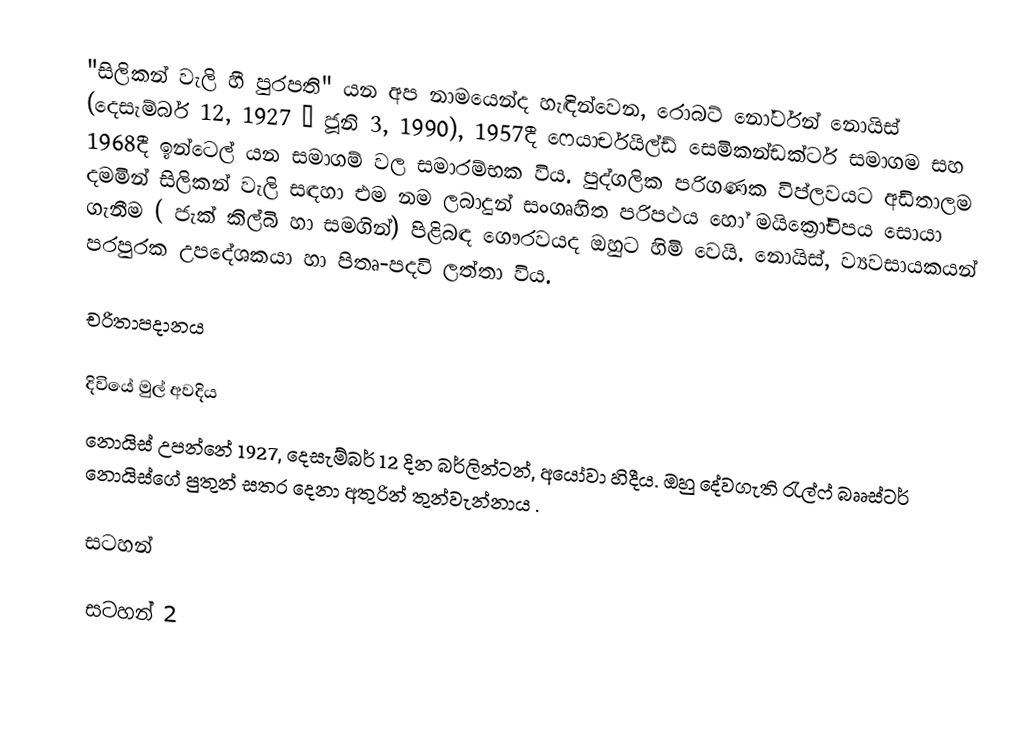
"සිලිකන් වැලි හී පුරපති" යන අප නාමයෙන්ද හැඳින්වෙන,  රොබට් නෝර්ටන් නොයිස් (දෙසැම්බර් 12, 1927 – ජූනි 3, 1990), 1957දී  ෆෙයාර්චයිල්ඩ් සෙමිකන්ඩක්ටර් සමාගම සහ 1968දී ඉන්ටෙල් යන සමාගම් වල සමාරම්භක විය.  පුද්ගලික පරිගණක විප්ලවයට අඩිතාලම දමමින් සිලිකන් වැලි සඳහා එම නම ලබාදුන් සංගෘහිත පරිපථය හෝ මයික්‍රෝචිපය සොයා ගැනීම  ( ජැක් කිල්බි හා සමගින්) පිළිබඳ ගෞරවයද ඔහුට හිමි වෙයි. නොයිස්, ව්‍යවසායකයන් පරපුරක උපදේශකයා හා පිතෘ-පදවි ලත්තා විය.

චරිතාපදානය

දිවියේ මුල් අවදිය
නොයිස් උපන්නේ 1927, දෙසැම්බර් 12 දින  බර්ලින්ටන්, අයෝවා හිදීය. ඔහු දේවගැති රැල්ෆ් බෲස්ටර් නොයිස්ගේ පුතුන් සතර දෙනා අතුරින්  තුන්වැන්නාය .

සටහන්

සටහන් 2